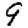
Digit: 9